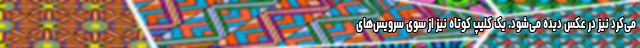
می‌کرد نیز در عکس دیده می‌شود. یک کلیپ کوتاه نیز از سوی سرویس‌های